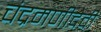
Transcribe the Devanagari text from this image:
चंद्रमणीदेवी